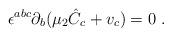
LaTeX: \begin{align*}\epsilon^{abc}\partial_b(\mu_2 {\hat C}_c+v_c)=0\ .\end{align*}